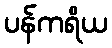
ပန်ကရိယ